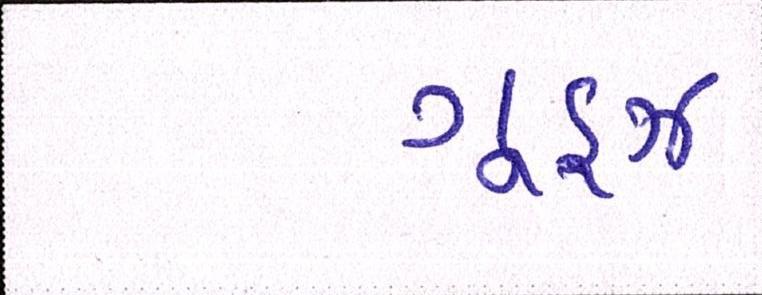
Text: ગૂડ્ઝ